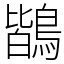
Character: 鶛